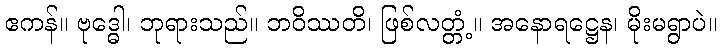
ဧကန်။ ဗုဒ္ဓေါ၊ ဘုရားသည်။ ဘဝိဿတိ၊ ဖြစ်လတ္တံ့။ အနောရဋ္ဌေန၊ မိုးမရွာပဲ။